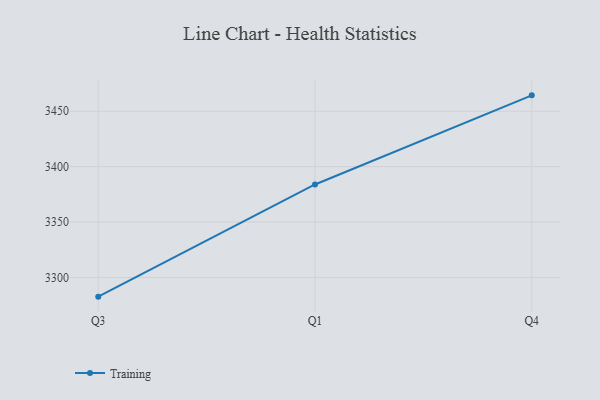
{"axis": {"x": "Quarter", "y": "Revenue (USD Million)"}, "legend": ["Training"], "data": [{"x": "Q3", "y": 3282.7, "type": "Training"}, {"x": "Q1", "y": 3383.9, "type": "Training"}, {"x": "Q4", "y": 3464.3, "type": "Training"}]}